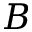
\boldsymbol { B }